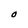
Character: O